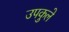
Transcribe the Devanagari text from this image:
उपकुले